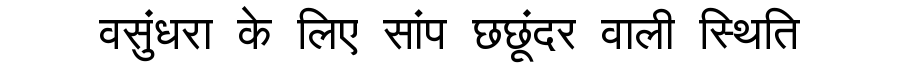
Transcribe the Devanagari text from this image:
वसुंधरा के लिए सांप छछूंदर वाली स्थिति